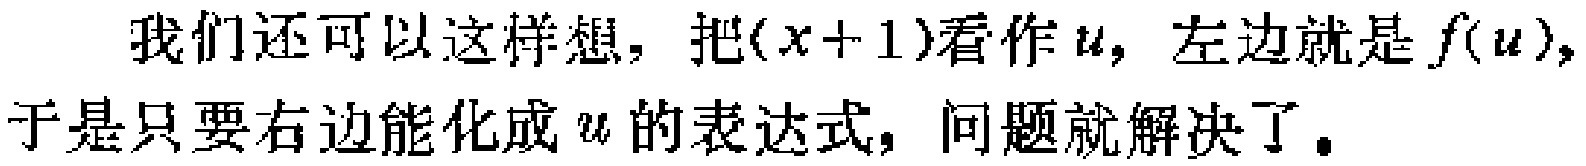
我们还可以这样想，把\((x + 1)\)看作\(u\)，左边就是\(f(u)\)，于是只要右边能化成\(u\)的表达式，问题就解决了。